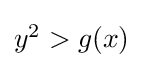
{\textstyle y^{2}>g(x)}